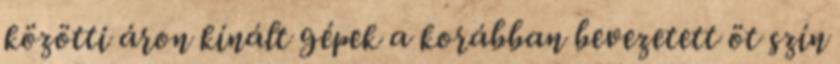
közötti áron kínált gépek a korábban bevezetett öt szín